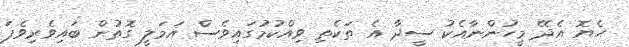
ހެޔޮ އެދޭ މީހުންނާއެކު ސީދާ އެ ތަކެތި ވިއްކުމުގައިވެސް އަމަލީ ގޮތުން ބައިވެރިވެފަ